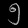
Digit: ၅